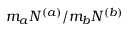
m _ { a } N ^ { ( a ) } / m _ { b } N ^ { ( b ) }